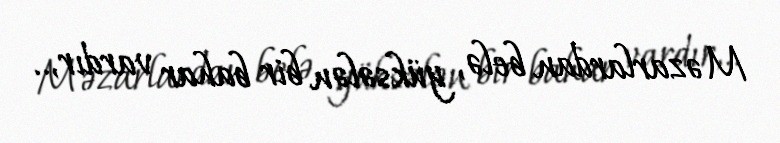
Məzarlardan belə, yüksələn bir bahar vardır,..